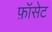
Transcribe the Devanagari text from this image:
फ़ॉसेट